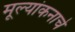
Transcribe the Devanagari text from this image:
मूल्यांकनाचे